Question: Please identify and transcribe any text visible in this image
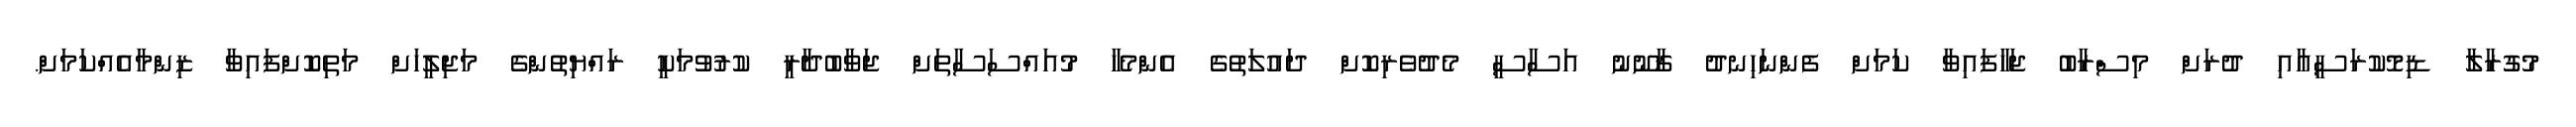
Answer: މުގުރާލާ ޑިމޮކުރަސީއާއި ދުރަށް މިސްރާބު ޖަހާފައިވާ ކަމަށް ފެންނަހިނދު ޤާނޫނު އަސާސީ މެދުވެރިކޮށް ދައުލަތުގެ އެންމެހާ މުއައްސަސާތަށް ޖަވާބުދާރީ ކުރުވުމަކީ ރައްޔިތުންގެ މަޖިލީހަށް މަތިކޮށްފައިވާ ޒިންމާއެއްކަމަށް.